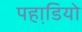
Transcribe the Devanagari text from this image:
पहाडि़यो